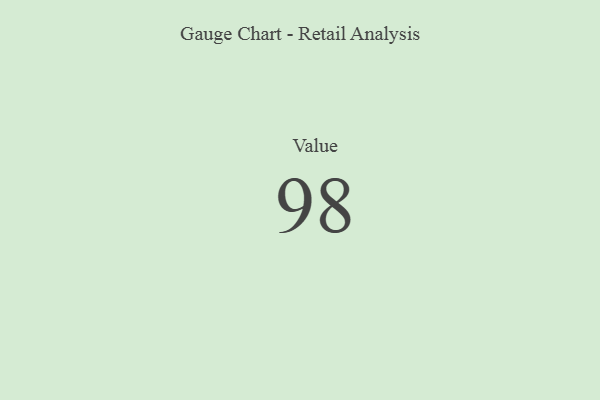
{"axis": {"x": "Metric", "y": "Value"}, "legend": [""], "data": [{"x": "Value", "y": 98, "type": ""}]}